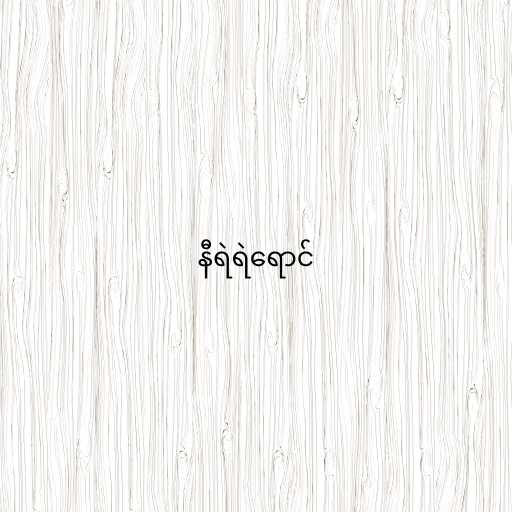
နီရဲရဲရောင်